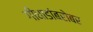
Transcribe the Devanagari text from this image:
गीधाडांबरोबर